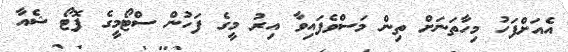
އެއަށްފަހު މިހާތަނަށް ތިން މަސްވެފައިވާ އިރު މީގެ ފަހުން ސްޓޯމީގެ ފޮޓޯ ޝެއާ